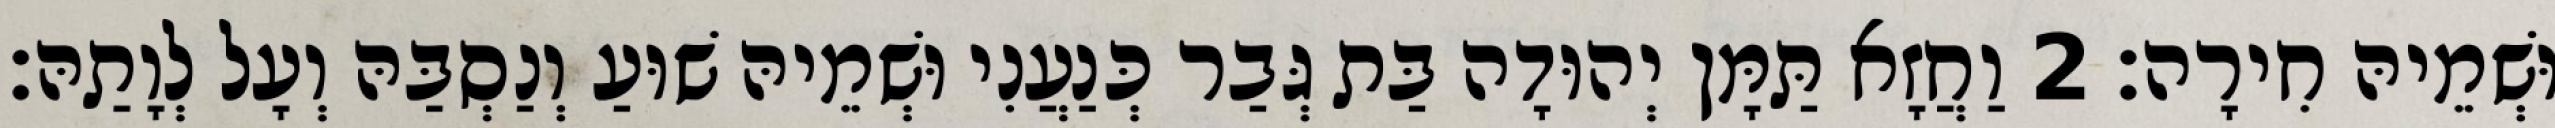
וּשְׁמֵיהּ חִירָה׃ 2 וַחֲזָא תַּמָּן יְהוּדָה בַּת גְּבַר כְּנַעֲנִי וּשְׁמֵיהּ שׁוּעַ וְנַסְבַּהּ וְעָל לְוָתַהּ׃